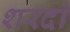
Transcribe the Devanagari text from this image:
शरदां